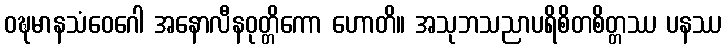
ဝဍ္ဎမာနသံဝေဂေါ အနောလီနဝုတ္တိကော ဟောတိ။ အသုဘသညာပရိစိတစိတ္တဿ ပနဿ